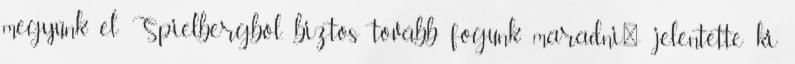
megyünk el Spielbergből, biztos tovább fogunk maradni"- jelentette ki